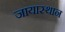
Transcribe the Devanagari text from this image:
जायास्थान